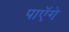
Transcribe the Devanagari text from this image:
पाएॅगे